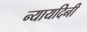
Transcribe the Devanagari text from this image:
न्यायदिनी